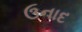
ઉનાદ